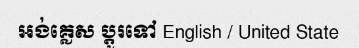
អង់គ្លេស ប្តូរទៅ English / United State